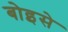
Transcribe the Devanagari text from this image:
बोइसे